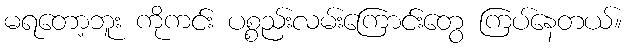
မရတော့ဘူး ကိုကင်း ပစ္စည်းလမ်းကြောင်းတွေ ကြပ်နေတယ်။